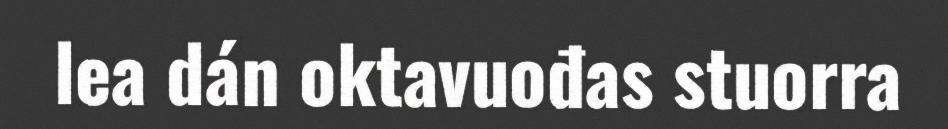
lea dán oktavuođas stuorra